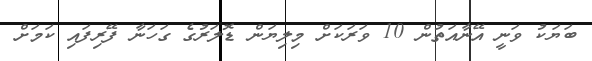
ބަޔަކު ވަނީ އޭނާއަތުން 10 ވަރަކަށް މިލިޔަން ޑޮލަރުގެ ގަހަނާ ފޭރިފައި ކަމަށް